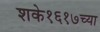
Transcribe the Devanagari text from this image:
शके१६१७च्या